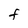
Character: f